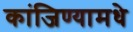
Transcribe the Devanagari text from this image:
कांजिण्यामधे